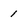
Character: 1